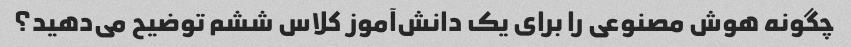
چگونه هوش مصنوعی را برای یک دانش‌آموز کلاس ششم توضیح می‌دهید؟